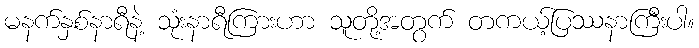
မနက်နှစ်နာရီနဲ့ သုံးနာရီကြားဟာ သူတို့အတွက် တကယ့်ပြဿနာကြီးပါ။